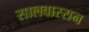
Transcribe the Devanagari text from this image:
सालवारसन